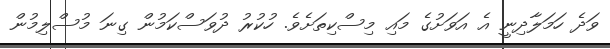
ވަދެ ހަމަލާދިނީ އެ އަވަށުގެ މައި މިސްކިތަށެވެ. ހުކުރު ދުވަސްކަމުން ގިނަ މުސްލިމުން